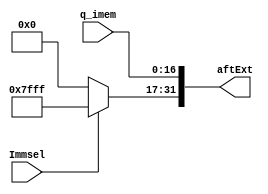
module sx(q_imem,Immsel,aftExt);
//sx sx1(q_imem[16:0],Immsel,aftExt);

input  [16:0] q_imem;
input  Immsel;
output [31:0] aftExt;

reg ext[14:0];
assign aftExt[31:17]=Immsel? 15'b111111111111111:15'b0;
assign aftExt[16:0]= q_imem[16:0];


endmodule